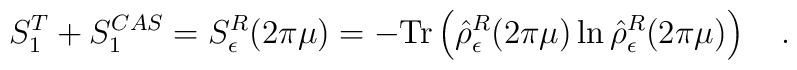
S_1^T+S_1^{CAS}=S_\epsilon^R(2\pi\mu)=-\mbox{Tr}\left(\hat{\rho}_\epsilon^R(2\pi\mu)\ln \hat{\rho}_\epsilon^R(2\pi\mu)\right)~~~.